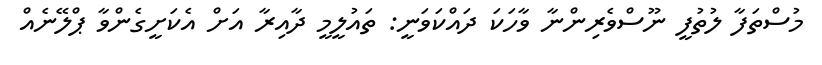
މުސްތަފާ ލުތުފީ ނޫސްވެރިންނާ ވާހަކަ ދައްކަވަނީ: ތައުލީމީ ދާއިރާ އަށް އެކަށީގެންވާ ޕްލޭނެއް